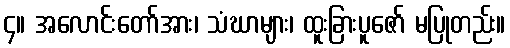
၄။ အလောင်းတော်အား၊ သံဃာများ၊ ထူးခြားပူဇော် မပြုတည်း။